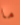
ما